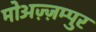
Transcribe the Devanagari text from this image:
मोअज़्ज़म्पुर